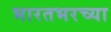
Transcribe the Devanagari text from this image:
भारतभरच्या